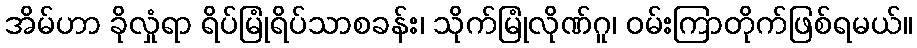
အိမ်ဟာ ခိုလှုံရာ ရိပ်မြုံရိပ်သာစခန်း၊ သိုက်မြုံလိုဏ်ဂူ၊ ဝမ်းကြာတိုက်ဖြစ်ရမယ်။